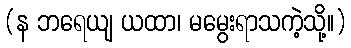
(န ဘရေယျ ယထာ၊ မမွေးရာသကဲ့သို့။)